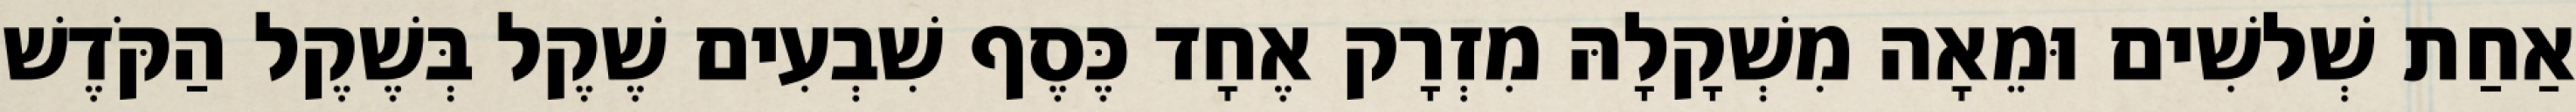
אַחַת שְׁלשִׁים וּמֵאָה מִשְׁקָלָהּ מִזְרָק אֶחָד כֶּסֶף שִׁבְעִים שֶׁקֶל בְּשֶׁקֶל הַקֹּדֶשׁ